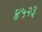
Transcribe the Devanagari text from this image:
४५२३